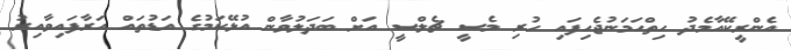
އެންރީކޭއާމެދު ހިތްހަމަނުޖެހިފައި ހުރި މެސީ ޗެލްސީ އަށް ބަދަލުވާން އުޅޭކަމުގެ އަޑުތައް އަރާފައިވާއިރު